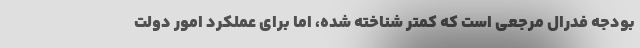
بودجه فدرال مرجعی است که کمتر شناخته شده، اما برای عملکرد امور دولت